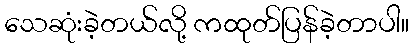
သေဆုံးခဲ့တယ်လို့ ကထုတ်ပြန်ခဲ့တာပါ။